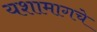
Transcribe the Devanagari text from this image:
यशामागचे